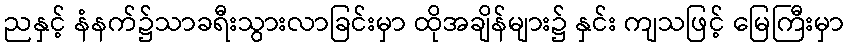
ညနှင့် နံနက်၌သာခရီးသွားလာခြင်းမှာ ထိုအချိန်များ၌ နှင်း ကျသဖြင့် မြေကြီးမှာ